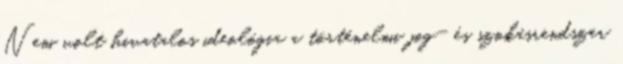
Nem volt hivatalos ideológia a történelmi jog- és szokásrendszer